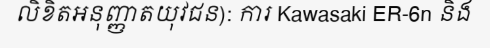
លិខិតអនុញ្ញាតយុវជន): ការ Kawasaki ER-6n និង